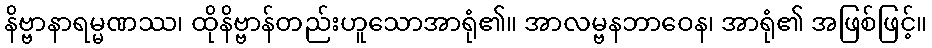
နိဗ္ဗာနာရမ္မဏဿ၊ ထိုနိဗ္ဗာန်တည်းဟူသောအာရုံ၏။ အာလမ္ဗနဘာဝေန၊ အာရုံ၏ အဖြစ်ဖြင့်။